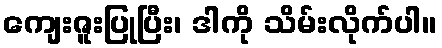
ကျေးဇူးပြုပြီး၊ ဒါကို သိမ်းလိုက်ပါ။